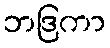
ဘဒြကာ